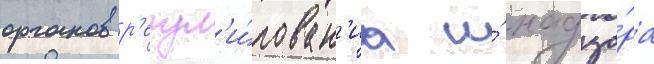
органов р'егул'и́рован'иа и́ надзо́ра